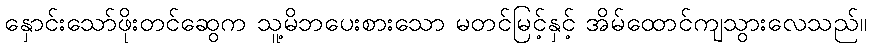
နှောင်းသော်ဖိုးတင်ဆွေက သူ့မိဘပေးစားသော မတင်မြင့်နှင့် အိမ်ထောင်ကျသွားလေသည်။